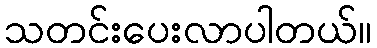
သတင်းပေးလာပါတယ်။